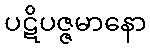
ပဋိပဇ္ဇမာနော